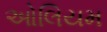
ઓલિયમ